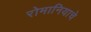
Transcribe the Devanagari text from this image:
रोमानियाचे